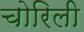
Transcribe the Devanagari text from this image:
चोरिली